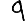
Digit: 9